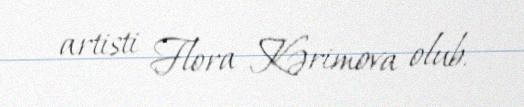
artisti Flora Kərimova olub.